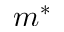
m ^ { * }